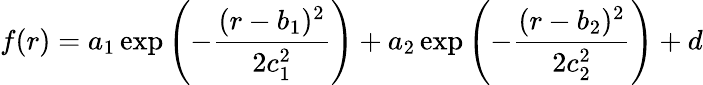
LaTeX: f(r)=a_{1}\exp\left(-\frac{(r-b_{1})^{2}}{2c_{1}^{2}}\right)+a_{2}\exp\left(-\frac{(r-b_{2})^{2}}{2c_{2}^{2}}\right)+d